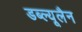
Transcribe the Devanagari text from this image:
डब्ल्यूलैन